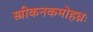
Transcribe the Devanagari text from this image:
स्त्रीकनकमोहघ्नः